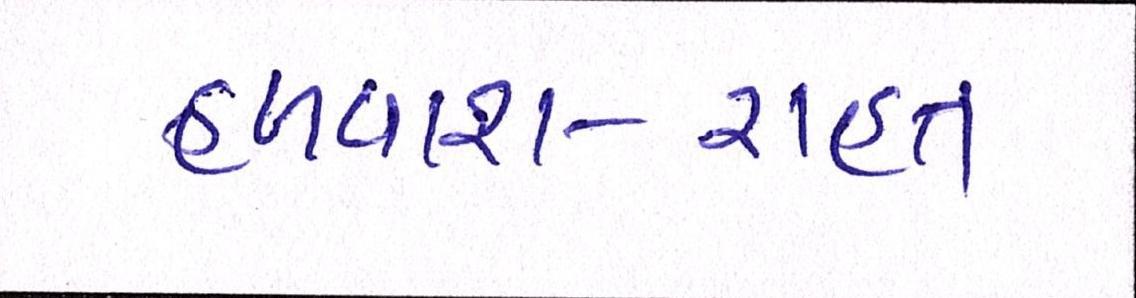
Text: હળવાશ-રાહત